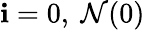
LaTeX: \mathbf{i}=0,\ \mathcal{{N}}(0)